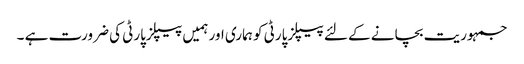
جمہوریت بچانے کے لئے پیپلزپارٹی کو ہماری اور ہمیں پیپلزپارٹی کی ضرورت ہے ۔